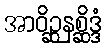
အာဝိဉ္ဆနစ္ဆိဒ္ဒံ